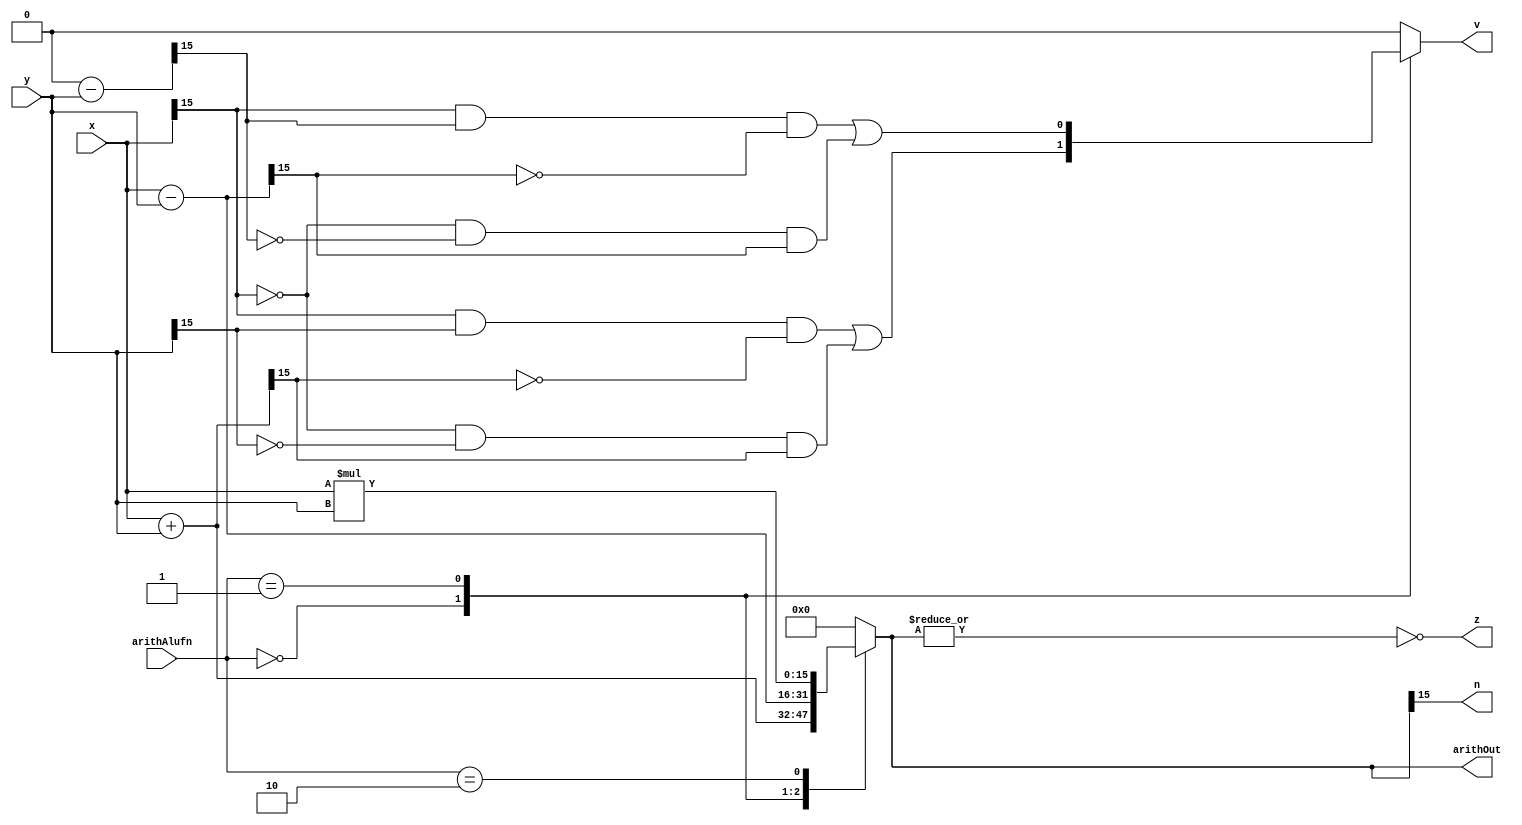
/*
   This file was generated automatically by Alchitry Labs version 1.2.7.
   Do not edit this file directly. Instead edit the original Lucid source.
   This is a temporary file and any changes made to it will be destroyed.
*/

module arith_16_12 (
    input [15:0] x,
    input [15:0] y,
    input [1:0] arithAlufn,
    output reg [15:0] arithOut,
    output reg z,
    output reg v,
    output reg n
  );
  
  
  
  reg [15:0] temp;
  
  reg [15:0] xb;
  
  always @* begin
    
    case (arithAlufn)
      2'h0: begin
        temp = $signed(x) + $signed(y);
        xb = y;
        v = ((x[15+0-:1] & y[15+0-:1] & (~temp[15+0-:1])) | ((~x[15+0-:1]) & (~y[15+0-:1]) & temp[15+0-:1]));
      end
      2'h1: begin
        temp = $signed(x) - $signed(y);
        xb = 1'h0 - y;
        v = ((x[15+0-:1] & xb[15+0-:1] & (~temp[15+0-:1])) | ((~x[15+0-:1]) & (~xb[15+0-:1]) & temp[15+0-:1]));
      end
      2'h2: begin
        temp = x * y;
        v = 1'h0;
      end
      default: begin
        temp = 16'h0000;
        v = 1'h0;
      end
    endcase
    n = temp[15+0-:1];
    z = ~(|temp);
    arithOut = temp;
  end
endmodule